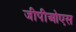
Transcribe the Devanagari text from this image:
जीपीओएस